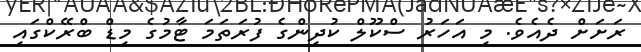
ރަށަށް ދެއެވެ. މި އަހަރު ސްކޫލް ކުދިންގެ ފުރަތަމަ ޓާމުގެ މިޑް ބްރޭކްގައި